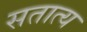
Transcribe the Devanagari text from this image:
सतात्य